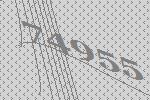
74955